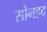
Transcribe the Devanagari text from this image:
सोनहद